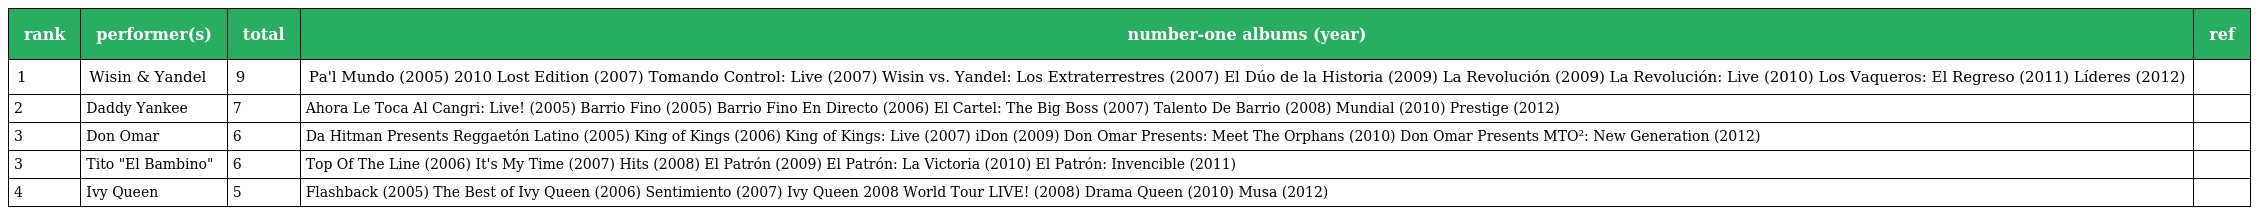
| rank | performer(s) | total | number-one albums (year) | ref |
 | --- | --- | --- | --- | --- |
 | 1 | Wisin & Yandel | 9 | Pa'l Mundo (2005) 2010 Lost Edition (2007) Tomando Control: Live (2007) Wisin vs. Yandel: Los Extraterrestres (2007) El Dúo de la Historia (2009) La Revolución (2009) La Revolución: Live (2010) Los Vaqueros: El Regreso (2011) Líderes (2012) |  |
 | 2 | Daddy Yankee | 7 | Ahora Le Toca Al Cangri: Live! (2005) Barrio Fino (2005) Barrio Fino En Directo (2006) El Cartel: The Big Boss (2007) Talento De Barrio (2008) Mundial (2010) Prestige (2012) |  |
 | 3 | Don Omar | 6 | Da Hitman Presents Reggaetón Latino (2005) King of Kings (2006) King of Kings: Live (2007) iDon (2009) Don Omar Presents: Meet The Orphans (2010) Don Omar Presents MTO²: New Generation (2012) |  |
 | 3 | Tito "El Bambino" | 6 | Top Of The Line (2006) It's My Time (2007) Hits (2008) El Patrón (2009) El Patrón: La Victoria (2010) El Patrón: Invencible (2011) |  |
 | 4 | Ivy Queen | 5 | Flashback (2005) The Best of Ivy Queen (2006) Sentimiento (2007) Ivy Queen 2008 World Tour LIVE! (2008) Drama Queen (2010) Musa (2012) |  |